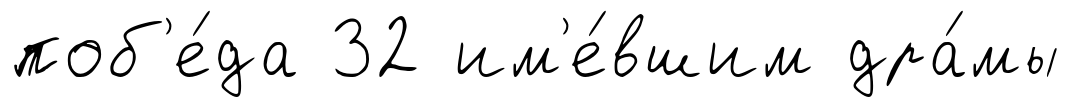
поб'е́да 32 им'е́вшим дра́мы